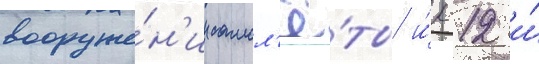
вооруже́н'ии самол'ё́ты и́л-12 и́